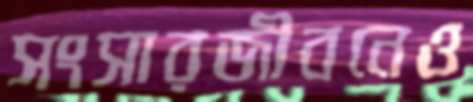
সংসারজীবনেও